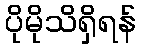
ပိုမိုသိရှိရန်